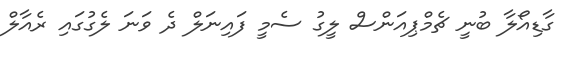
ގާޑިއޯލާ ބުނީ ޗެމްޕިއަންސް ލީގު ސެމީ ފައިނަލް ދެ ވަނަ ލެގުގައި ރެއާލް